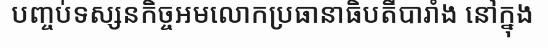
បញ្ចប់ទស្សនកិច្ចអមលោកប្រធានាធិបតីបារាំង នៅក្នុង